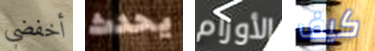
أخفضي يحدث الأورام كيف